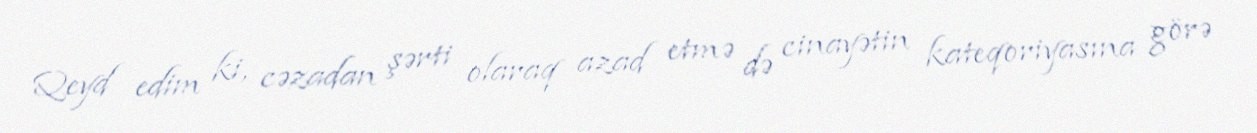
Qeyd edim ki, cəzadan şərti olaraq azad etmə də cinayətin kateqoriyasına görə